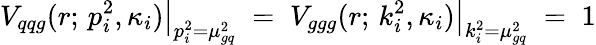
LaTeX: \left.V_{qqg}(r;\, p_{i}^{2},\kappa_{i})\right|_{p_{i}^{2}=\mu_{gq}^{2}}\; =\; \left.V_{ggg}(r;\, k_{i}^{2},\kappa_{i})\right|_{k_{i}^{2}=\mu_{gq}^{2}}\; =\; 1